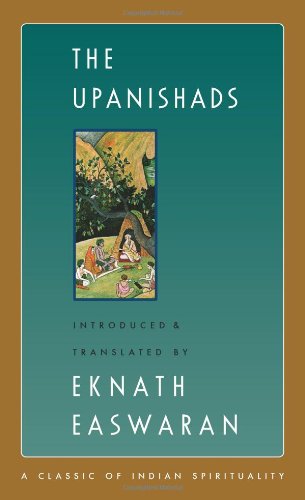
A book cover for The Upanishads (Classic of Indian Spirituality); Health, Fitness & Dieting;